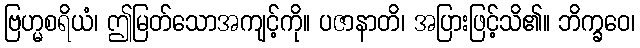
ဗြဟ္မစရိယံ၊ ဤမြတ်သောအကျင့်ကို။ ပဇာနာတိ၊ အပြားဖြင့်သိ၏။ ဘိက္ခဝေ၊